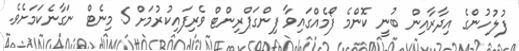
ފުލުހުންގެ އިދާރާއިން ބުނީ ކޮންމެ ފޯމެއްގައިވާ ފިންގަޕްރިންޓް ވެރިފައިކުރުމަށް 5 މިނެޓް ނަގާނެކަމަށެވެ.